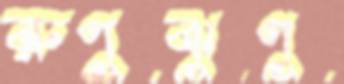
রুণুঝুণু